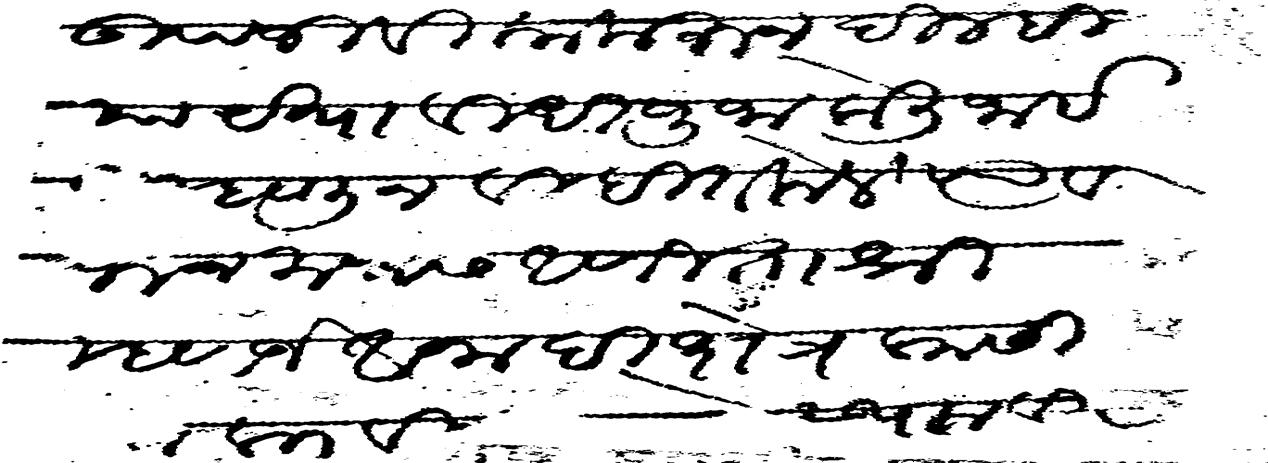
Transliteration (Devanagari): उपजिवीका करुन दील्ही या यथावीधी पुजा केली जाईल म्हणून वीदीत केले त्यावरुन मनास आणीता श्री म्हणजे अनादी क्षेत्र काशी